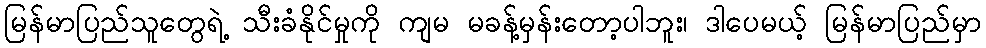
မြန်မာပြည်သူတွေရဲ့ သီးခံနိုင်မှုကို ကျမ မခန့်မှန်းတော့ပါဘူး၊ ဒါပေမယ့် မြန်မာပြည်မှာ